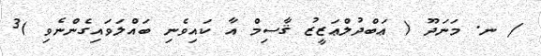
/ ނ. މަނަދޫ ( ޢަބްދުލްޢަޒީޒު ޤާސިމް އާ ކައިވެނި ބައްލަވައިގެންނެވި )3